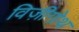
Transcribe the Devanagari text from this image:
विज़ीगोथ